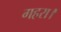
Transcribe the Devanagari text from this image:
गहरा।